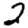
Digit: 2